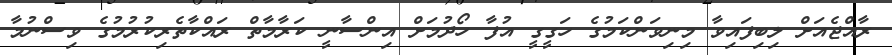
ރާއްޖެއަށް ލިބިފައިވާ މިނިވަންކަމުގެ ހަގީގީ އުފާ ހޯދުމަށް އިންސާނީ ކަރާމާތް ރައްކާތެރިކުރުމުގެ ވިސްނުމާ